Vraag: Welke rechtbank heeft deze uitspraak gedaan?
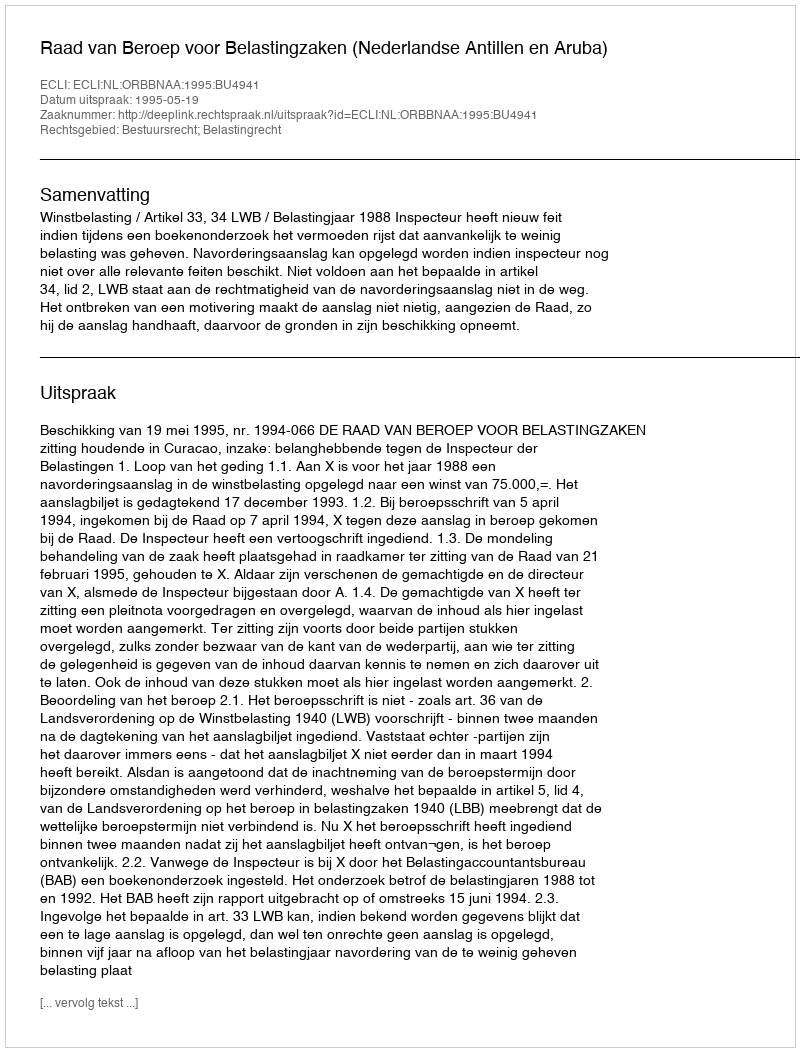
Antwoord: Raad van Beroep voor Belastingzaken (Nederlandse Antillen en Aruba)